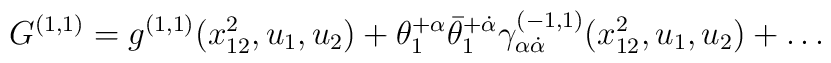
G^{(1,1)} = g^{(1,1)}(x^2_{12},u_1,u_2) + \theta_1^{+\alpha} \bar\theta_1^{+\dot\alpha} \gamma^{(-1,1)}_{\alpha\dot\alpha}(x^2_{12},u_1,u_2) + \ldots